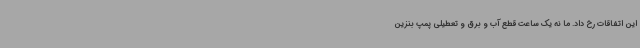
این اتفاقات رخ داد. ما نه یک ساعت قطع آب و برق و تعطیلی پمپ بنزین